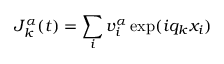
J _ { k } ^ { \alpha } ( t ) = \sum _ { i } v _ { i } ^ { \alpha } \exp ( i q _ { k } x _ { i } )